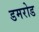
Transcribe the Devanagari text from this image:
डमरोड